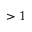
> 1